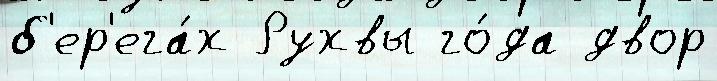
б'ер'ега́х Рухвы го́да двор